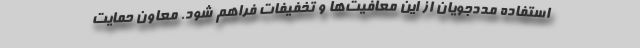
استفاده مددجویان از این معافیت‌ها و تخفیفات فراهم شود. معاون حمایت